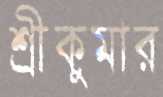
শ্রীকুমার